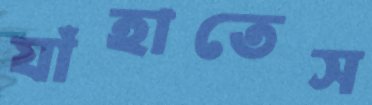
যাঁহাতেস